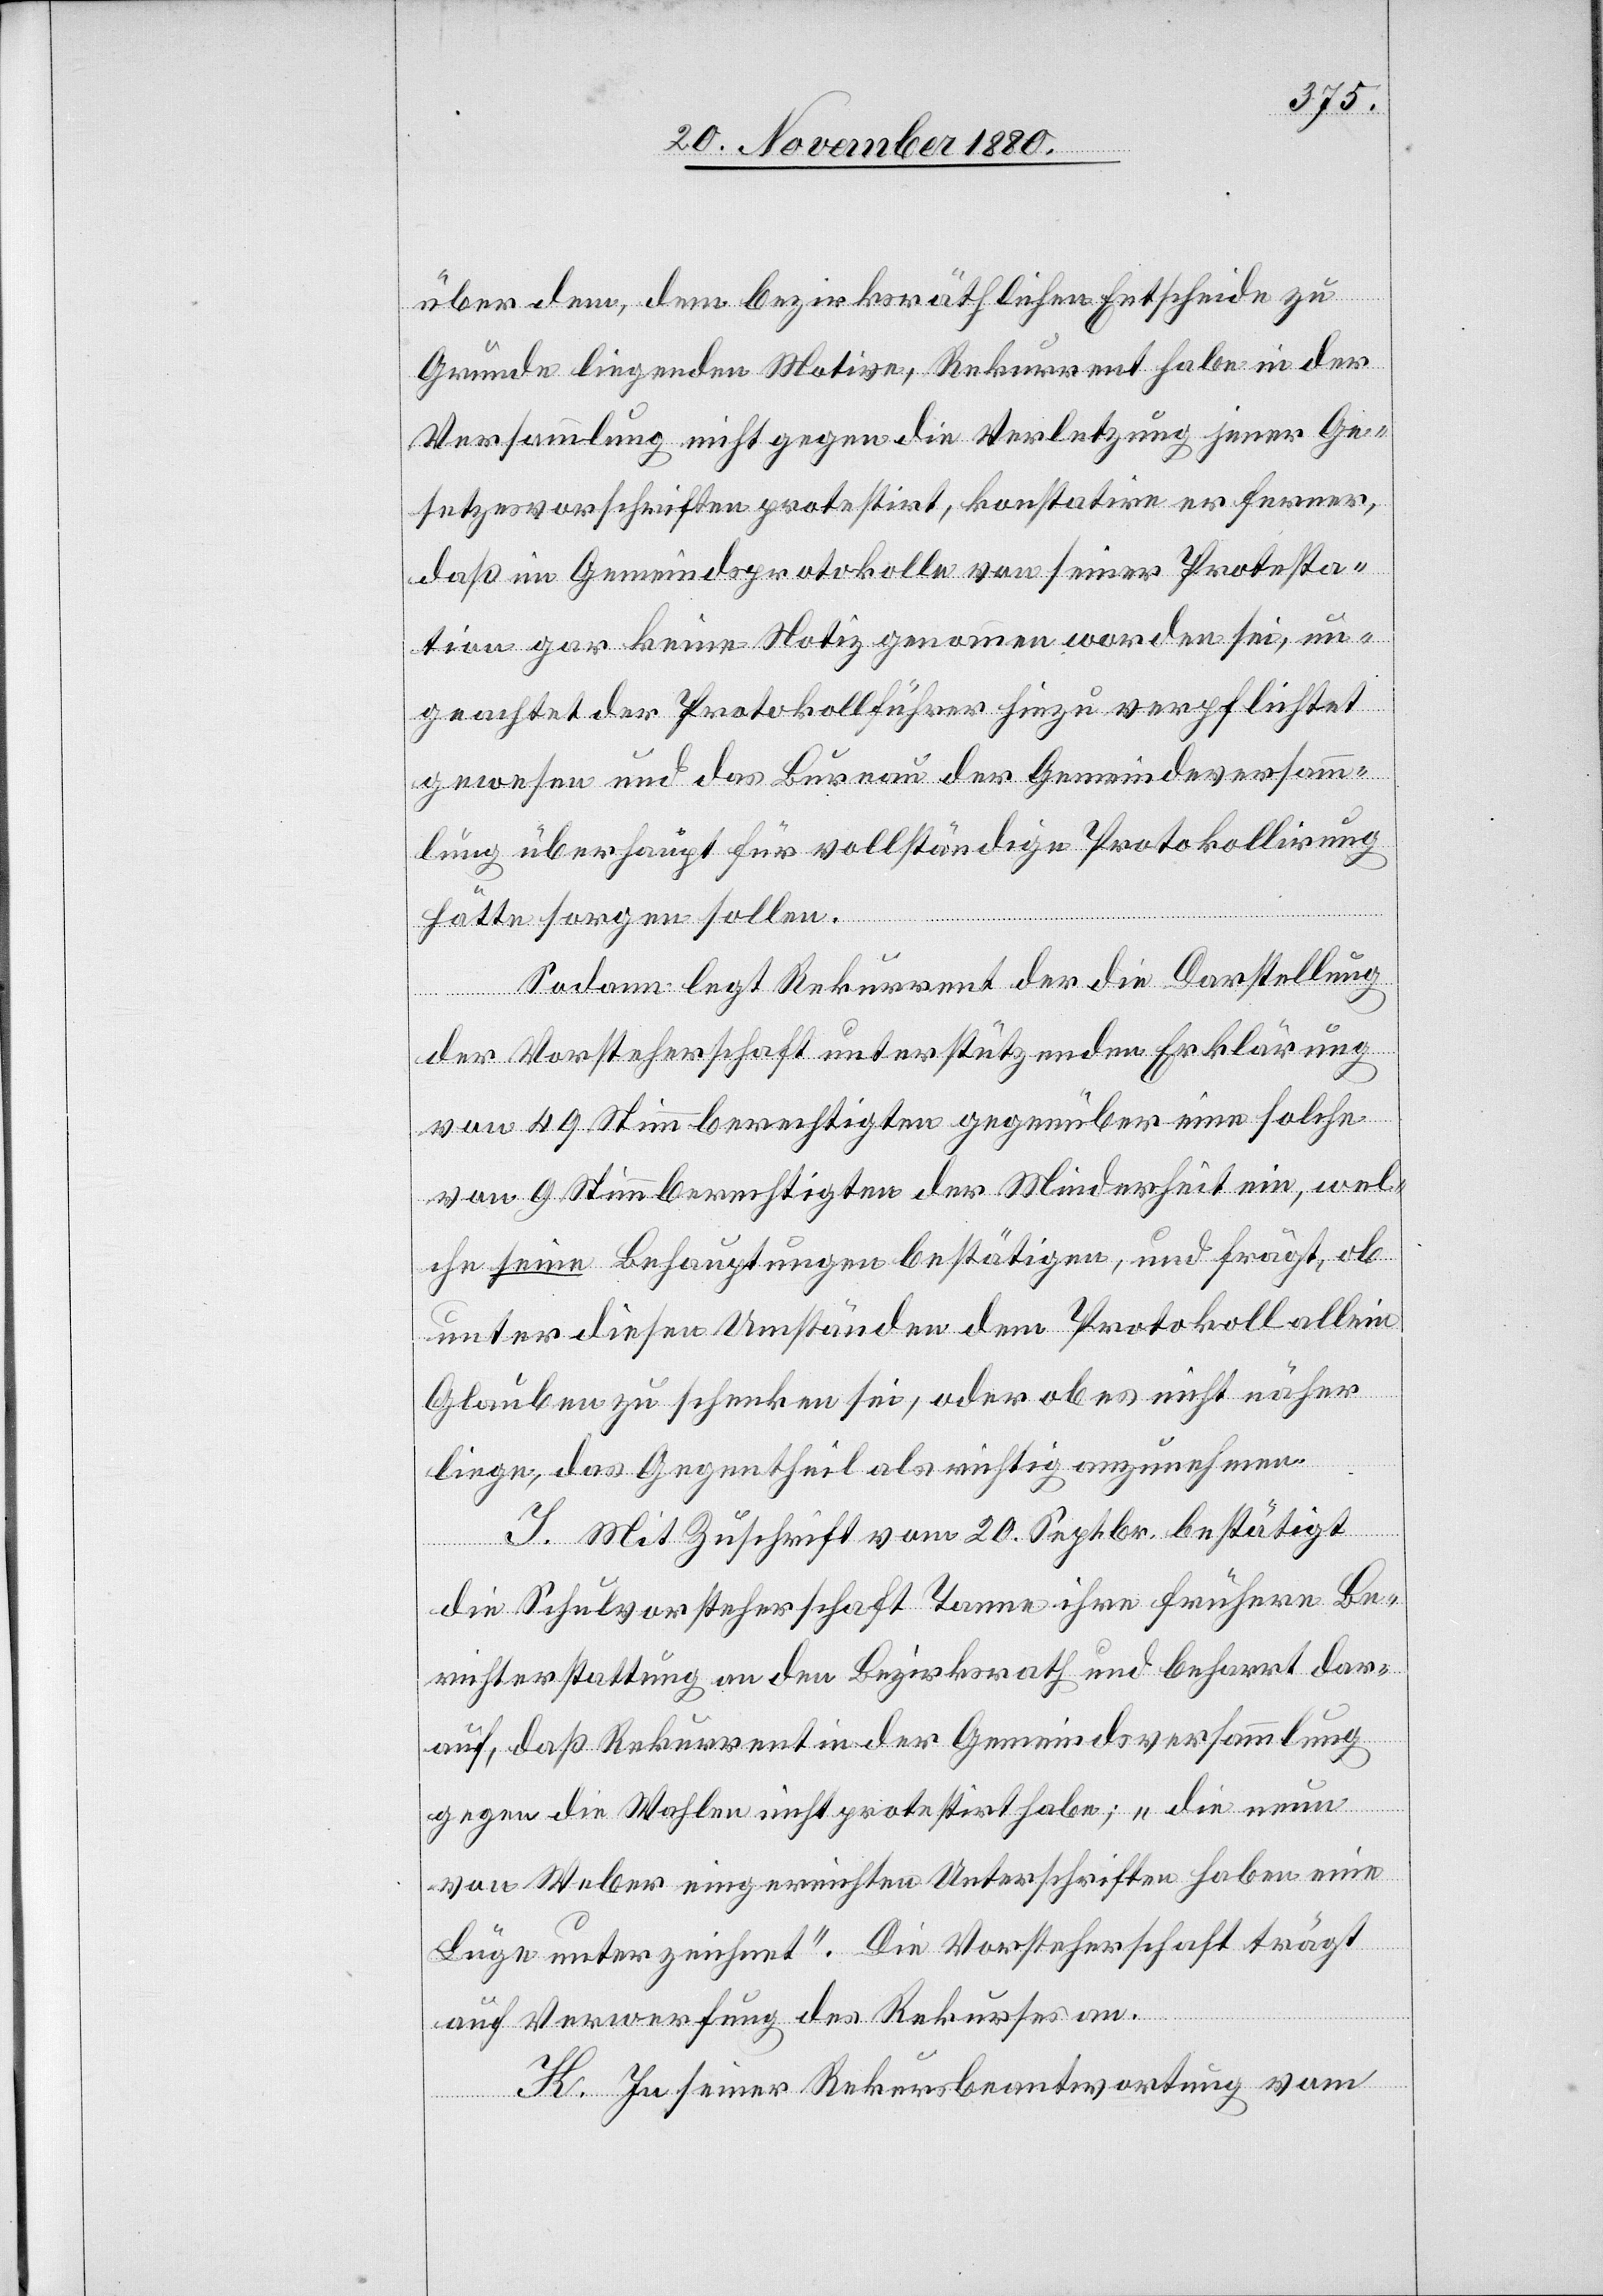
über dem, dem bezirksräthlichen Entscheide zu
Grunde liegenden Motive, Rekurrent habe in der
Versammlung nicht gegen die Verletzung jener Ge¬
setzesvorschriften protestirt, konstatire er ferner,
daß im Gemeindsprotokolle von seiner Protesta¬
tion gar keine Notiz genommen worden sei, un¬
geachtet der Protokollführer hiezu verpflichtet
gewesen und das Bureau der Gemeindversamm¬
lung überhaupt für vollständige Protokollirung
hätte sorgen sollen.
Sodann legt Rekurrent der die Darstellung
der Vorsteherschaft unterstützenden Erklärung
von 49 Stimmberechtigten gegenüber eine solchen
von 9 Stimmberechtigten der Minderheit ein, wel¬
che seine Behauptungen bestätigten, und frägt, ob
unter diesen Umständen dem Protokoll allein
Glauben zu schenken sei, oder ob es nicht näher
liege, das Gegentheil als richtig anzunehmen.
J. Mit Zuschrift vom 20. Septbr. bestätigt
die Schulvorsteherschaft Tanne ihre frühern Be¬
richterstattung an den Bezirksrath und beharrt dar¬
auf, daß Rekurrent in der Gemeindsversammlung
gegen die Wahlen nicht protestirt habe; „die neue
von Weber eingereichten Unterschriften haben eine
Lüge unterzeichnet“. Die Vorsteherschaft trägt
auf Verwerfung des Rekurses an.
K. In seiner Rekursbeantwortung vom